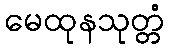
မေထုနသုတ္တံ